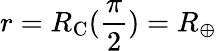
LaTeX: r=R_{\mathrm{C}}(\frac{\pi}{2})=R_{\oplus}